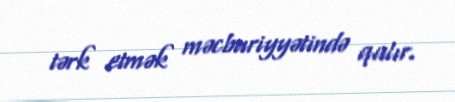
tərk etmək məcburiyyətində qalır.